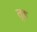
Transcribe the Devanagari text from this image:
तुह